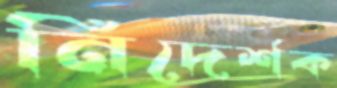
নিদের্শক